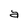
Character: a